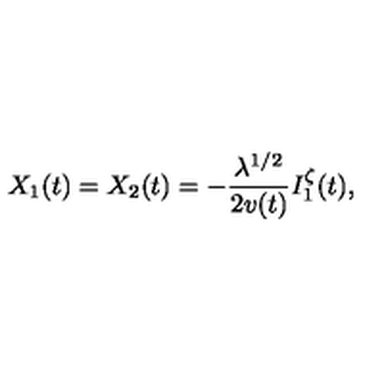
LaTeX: X _ { 1 } ( t ) = X _ { 2 } ( t ) = - \frac { \lambda ^ { 1 / 2 } } { 2 v ( t ) } I _ { 1 } ^ { \zeta } ( t ) ,